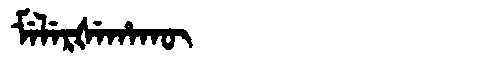
Manchu: ᠮᡝᠯᡝᡵᡧᡝᡥᠠᡴᡡ
Romanization: MELERŠEHAKŪ